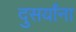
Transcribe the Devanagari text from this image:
दुसर्यांना